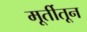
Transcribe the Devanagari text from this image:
मूर्तीतून